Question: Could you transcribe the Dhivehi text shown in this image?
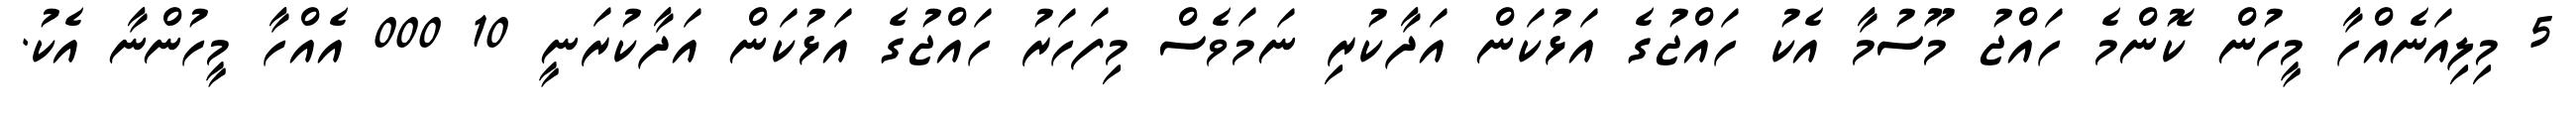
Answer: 5 މިލިއަނެއްހާ މީހުން ކޮންމެ ހައްޖު މޫސުމާ އެކު ހައްޖުގެ އަޅުކަން އަދާކުރި ނަމަވެސް މިފަހަރު ހައްޖުގެ އަޅުކަން އަދާކުރަނީ 10 000 އެއްހާ މީހުންނާ އެކު.